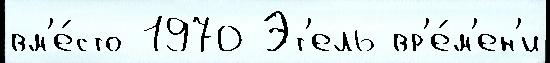
вм'е́сто 1970 Эт'ель вр'е́м'ен'и